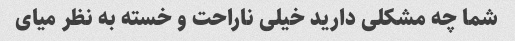
شما چه مشکلی دارید خیلی ناراحت و خسته به نظر میای